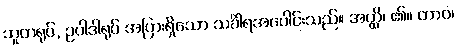
ဘူတရုပ်, ဥပါဒါရုပ် အပြားရှိသော သင်္ခါရအပေါင်းသည်။ အတ္ထိ၊ ၏။ တာဝ၊